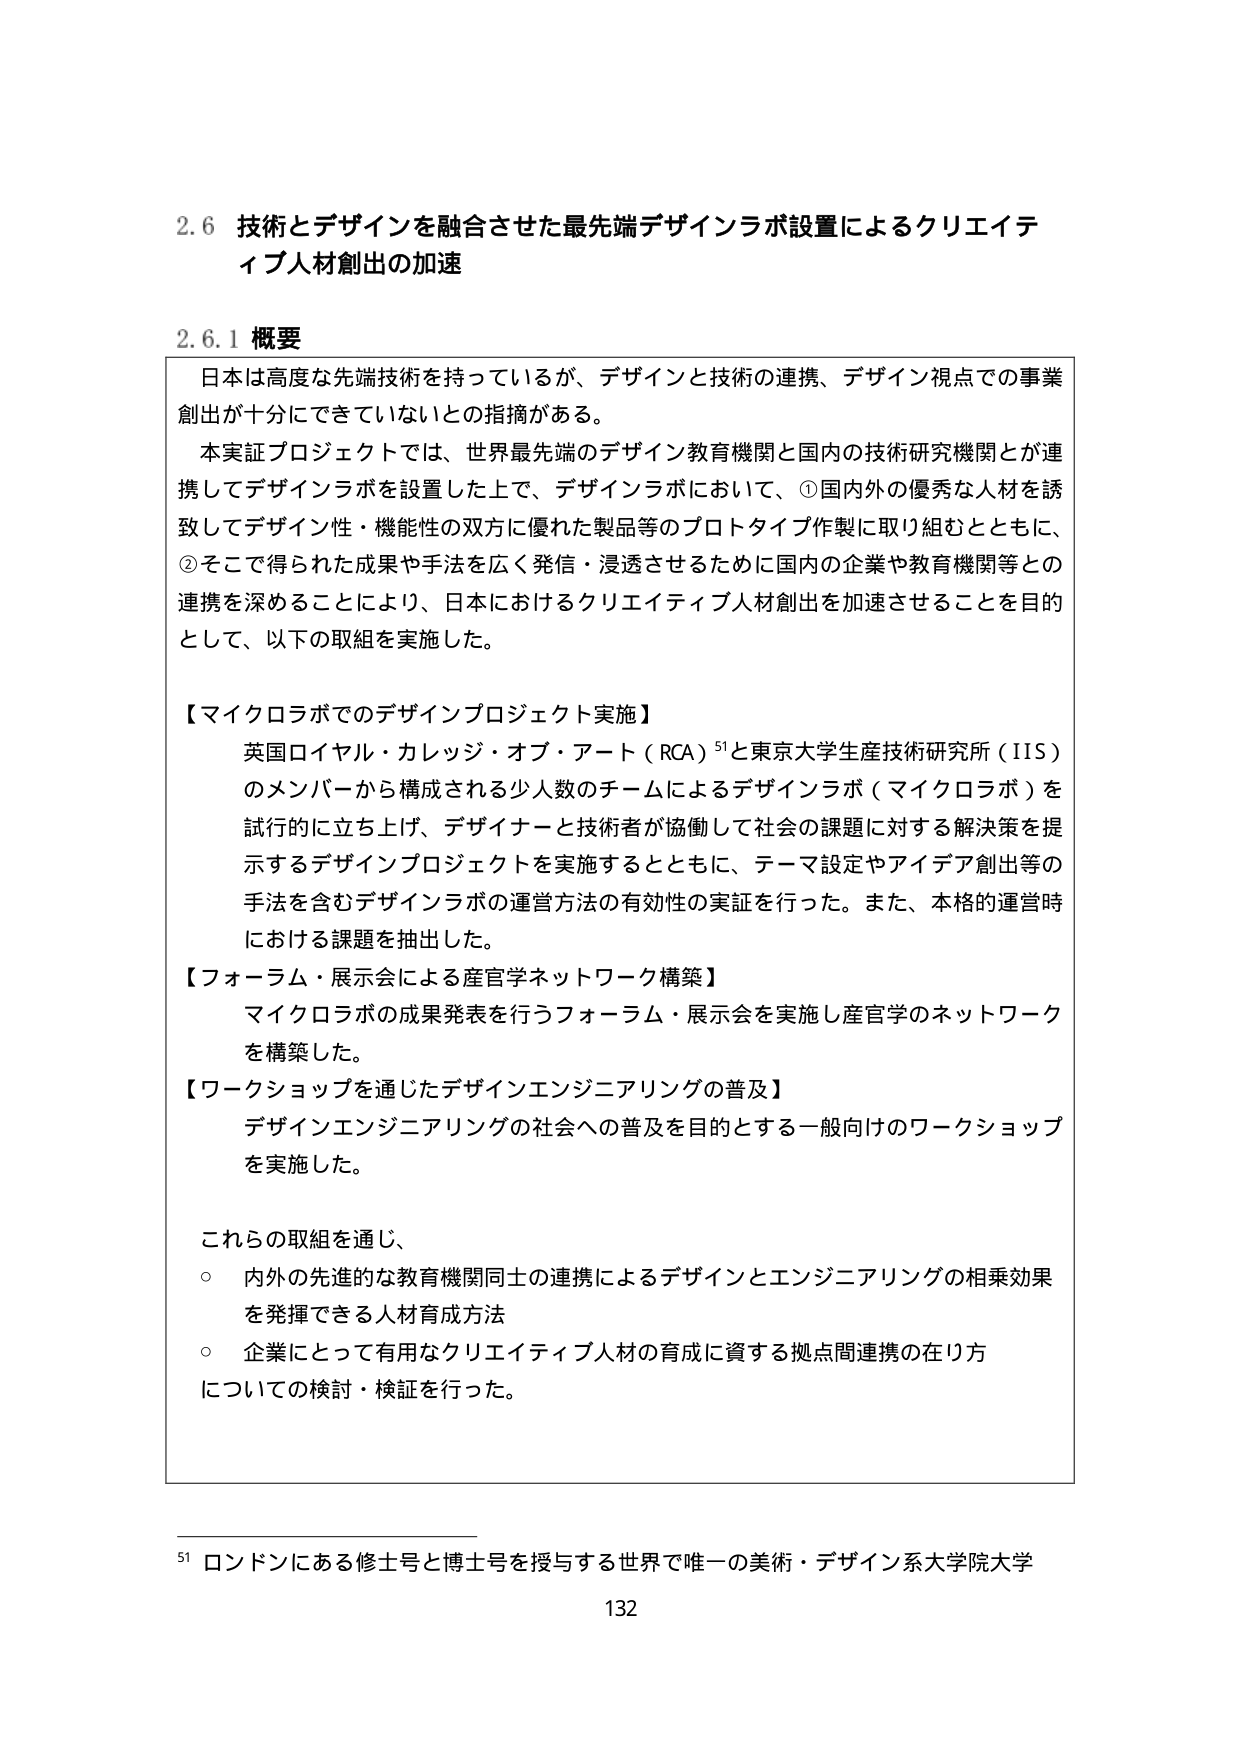
2.6 技術とデザインを融合させた最先端デザインラボ設置によるクリエイティブ人材創出の加速

2.6.1 概要

日本は高度な先端技術を持っているが、デザインと技術の連携、デザイン視点での事業創出が十分にできていないとの指摘がある。

本実証プロジェクトでは、世界最先端のデザイン教育機関と国内の技術研究機関とが連携してデザインラボを設置した上で、デザインラボにおいて、①国内外の優秀な人材を誘致してデザイン性・機能性の双方に優れた製品等のプロトタイプ作製に取り組むとともに、②そこで得られた成果や手法を広く発信・浸透させるために国内の企業や教育機関等との連携を深めることにより、日本におけるクリエイティブ人材創出を加速させることを目的として、以下の取組を実施した。

【マイクロラボでのデザインプロジェクト実施】
英国ロイヤル・カレッジ・オブ・アート（RCA）⁵¹と東京大学生産技術研究所（IIS）のメンバーから構成される少人数のチームによるデザインラボ（マイクロラボ）を試行的に立ち上げ、デザイナーと技術者が協働して社会の課題に対する解決策を提示するデザインプロジェクトを実施するとともに、テーマ設定やアイデア創出等の手法を含むデザインラボの運営方法の有効性の実証を行った。また、本格的運営時における課題を抽出した。

【フォーラム・展示会による産官学ネットワーク構築】
マイクロラボの成果発表を行うフォーラム・展示会を実施し産官学のネットワークを構築した。

【ワークショップを通じたデザインエンジニアリングの普及】
デザインエンジニアリングの社会への普及を目的とする一般向けのワークショップを実施した。

これらの取組を通じ、
○ 内外の先進的な教育機関同士の連携によるデザインとエンジニアリングの相乗効果を発揮できる人材育成方法
○ 企業にとって有用なクリエイティブ人材の育成に資する拠点間連携の在り方についての検討・検証を行った。

⁵¹ ロンドンにある修士号と博士号を授与する世界で唯一の美術・デザイン系大学院大学

132